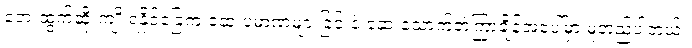
ဘေးထွက်ဆိုးကျိုးရနိုင်ခြေက ဆေးပမာဏများခြင်းနဲ့ ဆေးသောက်တဲ့ကြာချိန်အပေါ်မှာ မူတည်ပါတယ်။